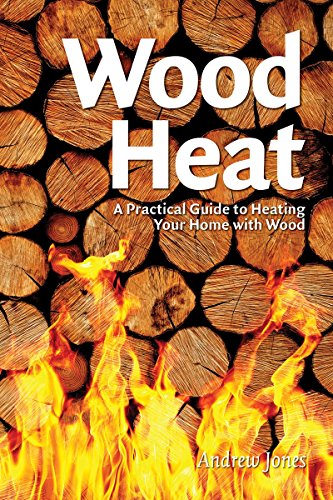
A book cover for Wood Heat: A Practical Guide to Heating Your Home with Wood; Andrew Jones; Science & Math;